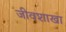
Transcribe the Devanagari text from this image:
जीवशाखा